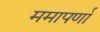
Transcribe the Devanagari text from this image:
ममापर्णा